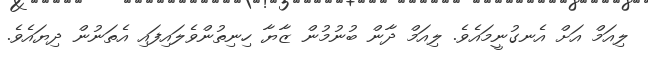
ލިއަމް އަށް އެނގުނީމައެވެ. ލިއަމް ދާން ބުނުމުން ޒާޔާ ހިނިތުންވެލައިފައި އެތަނުން ދިޔަައެވެ.